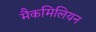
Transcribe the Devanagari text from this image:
मैकमिलियन